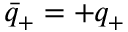
\bar { q } _ { + } = + q _ { + }